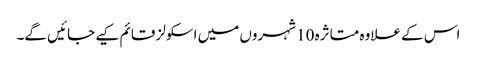
اس کے علاوہ متاثرہ 10 شہروں میں اسکولز قائم کیے جائیں گے۔